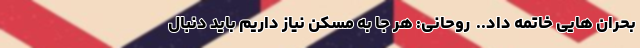
بحران هایی خاتمه داد..  روحانی: هر جا به مسکن نیاز داریم باید دنبال